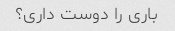
باری را دوست داری؟